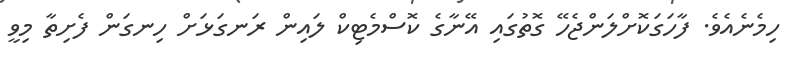
ހިމެނެއެވެ. ފާހަގަކޮށްލަންޖެހޭ ގޮތުގައި އޭނާގެ ކޮސްމެޓިކް ލައިން ރަނގަޅަށް ހިނގަން ފެށިތާ މިވީ